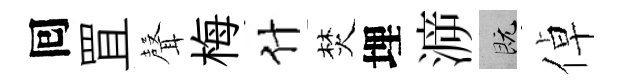
囘罝𮋻梅什焚埋㴑既倬